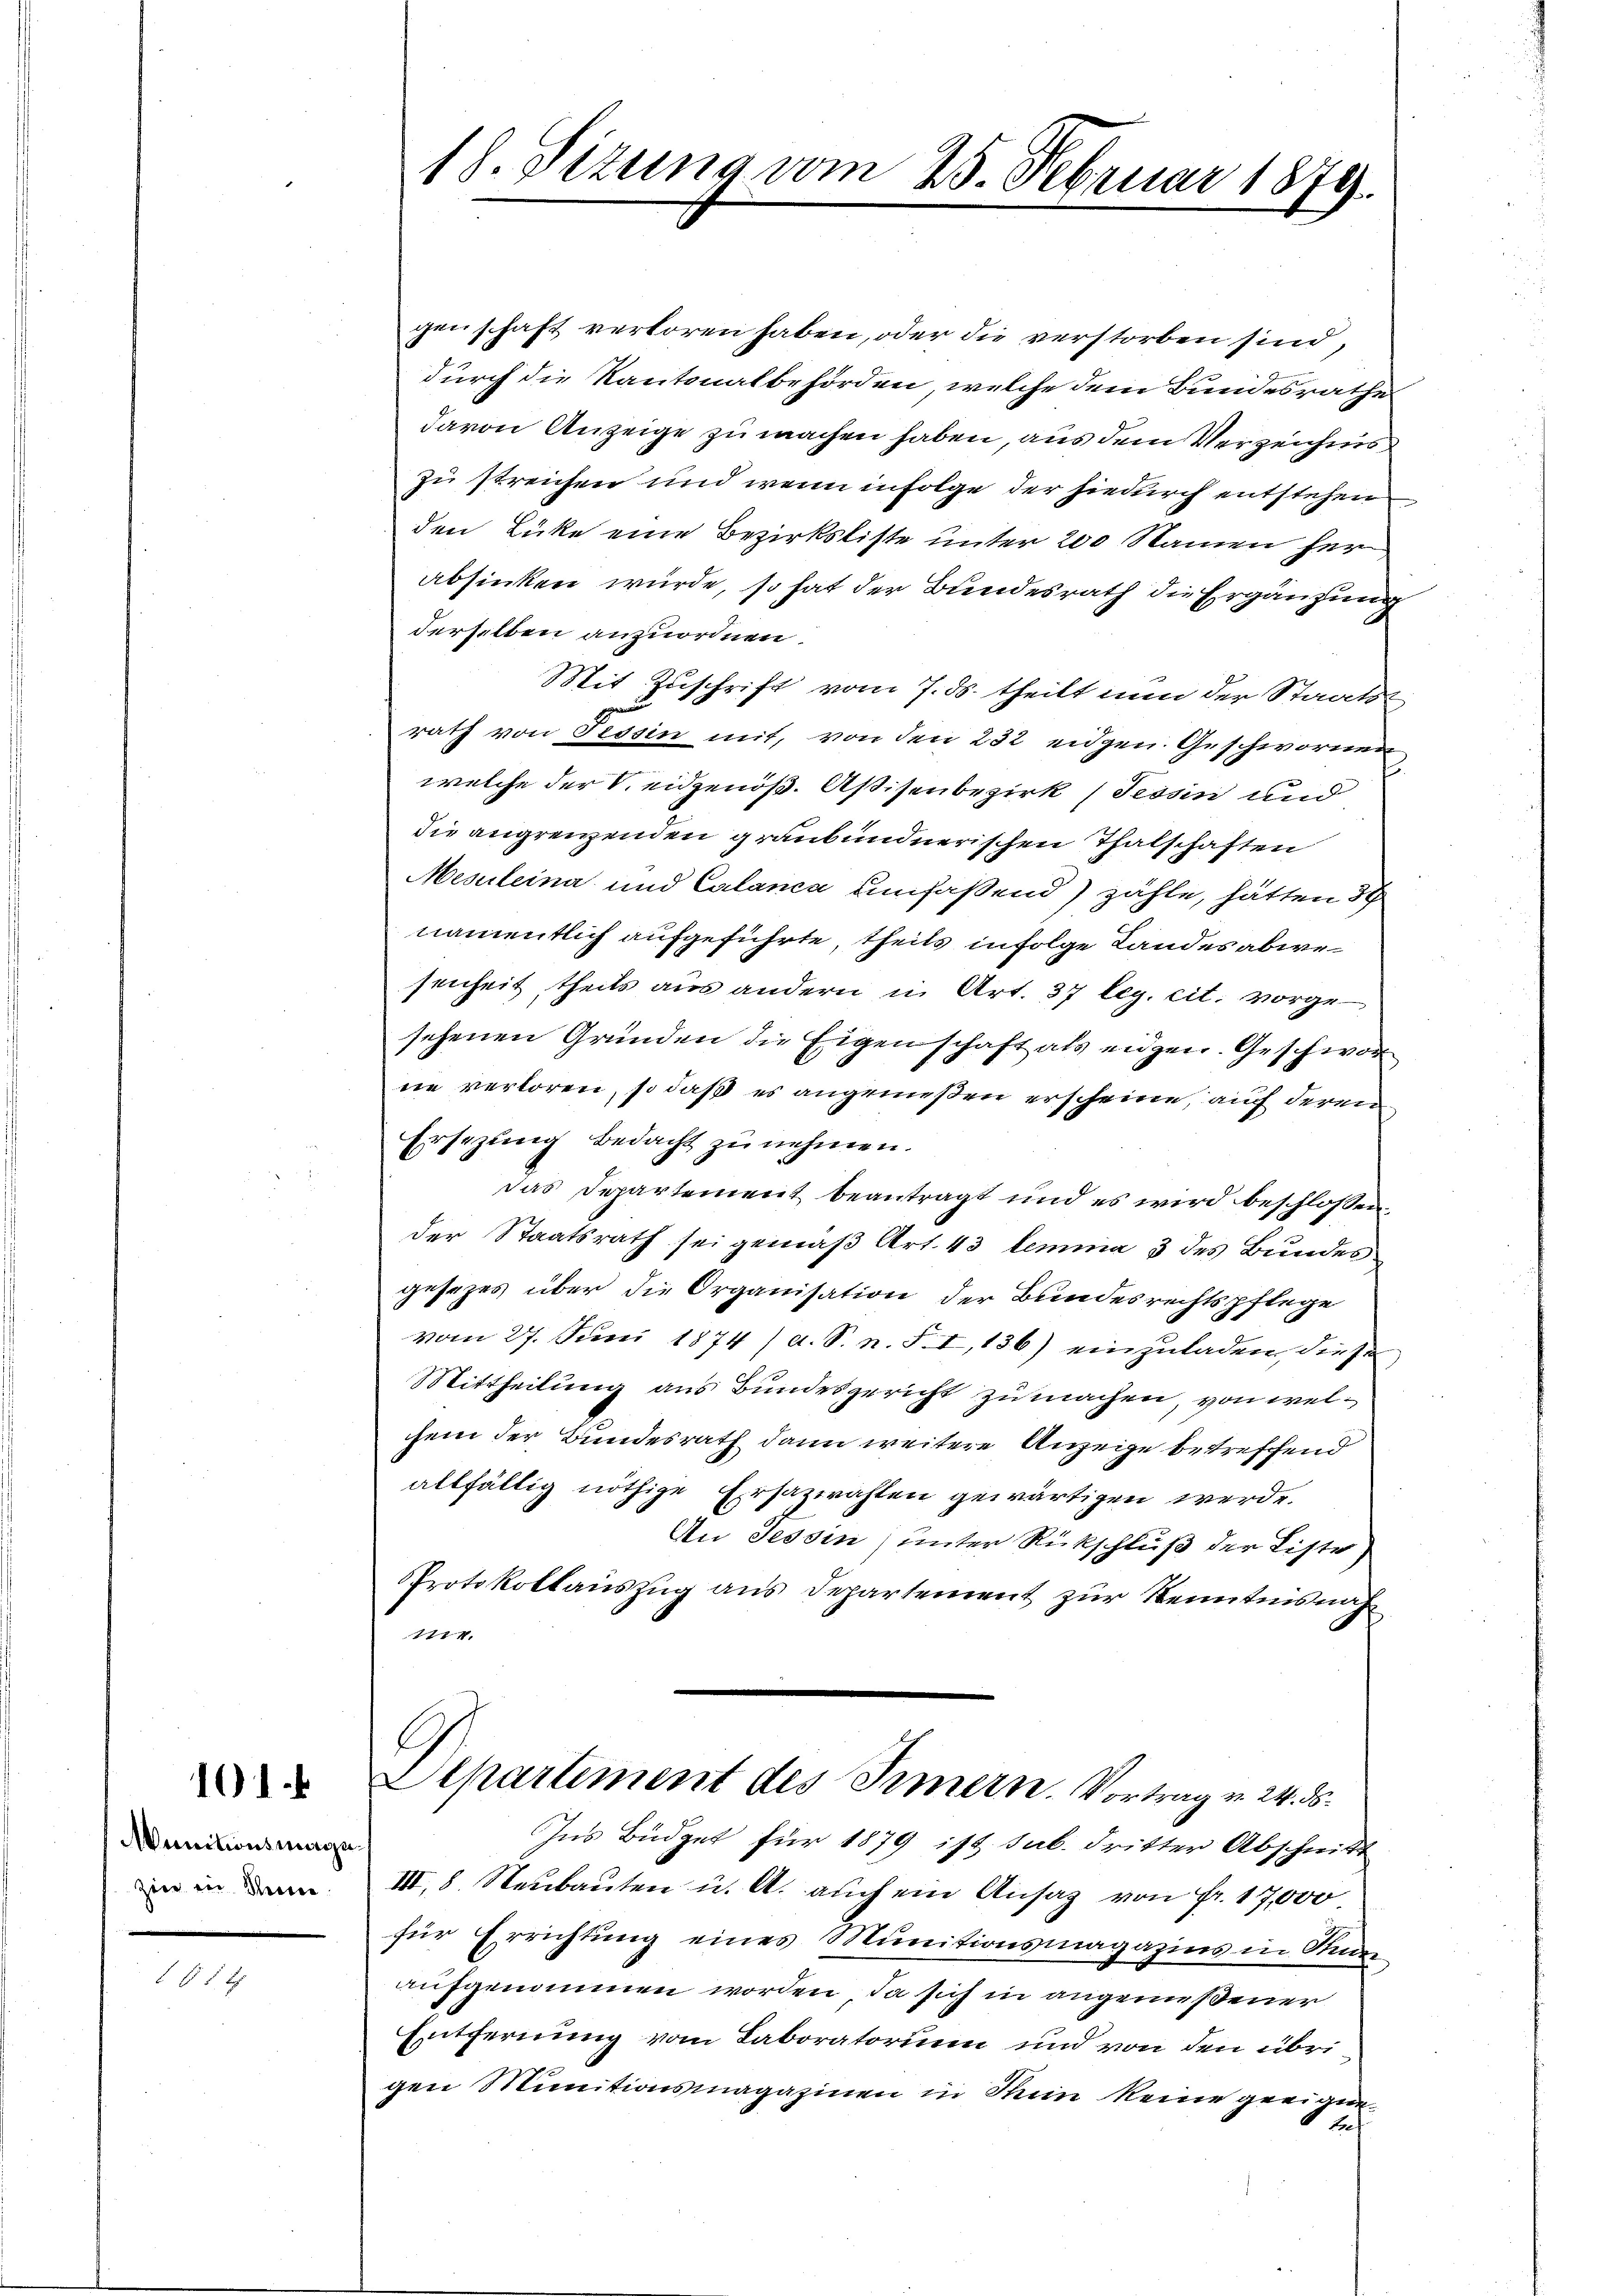
101

Munitionsmagizin in Reine

14

18. Sizung vom 25. Februar 1879.

genschaft verloren haben, oder die verstorben sind,
durch die Kantonalbehörden, welche dem Bundesrathe
davon Anzeige zu machen haben, aus dem Verzeichnis
zu streichen und wenn in Folge der hiedurch entstehen
den Lücke eine Bezirksliste unter 200 Namen her
absinken würde, so hat der Bundesrath die Ergänzung
derselben anzuordnen.
Mit Zuschrift vom 7. ds. theilt nun der Staats-
rath von Tessin mit, von den 232 eidgen. Geschwornen
welche der V eidgenöß. Astisenbezirk (Tessin und
die angrenzenden graubündnerischen Thalschaften
Mesleina und Calanca umfaßend) zähle, hätten 39
namentlich aufgeführte, theils infolge Landesabwesenheit theils aus andern in Art. 37 leg. cit. vorge
sehenen Gründen die Eigenschaft als eidgen. Geschwor
ne verloren, so daß es angenießen erscheine, auf deren
Ersezung bedacht zu nehmen.
das Departement beantragt und es wird beschlossen
der Staatsrath sei gemäß Art. 43 lemma 3 des Bundes
gesezes über die Organisation der Bundesrechtspflege
vom 27. Jŭni 1874 / a. S. n. F. I, 136) einzŭladen, diese
Mittheilung aus Bundesgericht zumachen, von welhem der Bundesrath dann weitere Anzeige betreffend
allfällig nöthige Ersazwahlen gewärtigen werde.
An Tessin, unter Rückschluß der Liste,
PProtokollauszug aus Departement zur Kenntnisnah¬
1774.
C
Departement des Innern. Vortrag v. 24. ds.
Ins Büdget für 1879 ist sub. dritter Abschnitt
III, 8. Neubauten u. A. auch ein Ansatz von Fr. 17,000
für Errichtung eines Munitionsmagazins in Stim
aufgenommen worden, da sich in angenießener
Entfernung vom Laboratorium und von den übri
gen Munitionsmagazinen in Stein keine geeigne¬